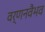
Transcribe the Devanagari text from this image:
वर्णनवैभव